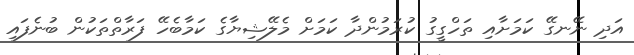
އަދި ނޭނގޭ ކަމަށާއި ތަހްގީގު ކުރަމުންދާ ކަމަށް މެލޭޝިޔާގެ ކަމާބެހޭ ފަރާތްތަކުން ބުނެފައި